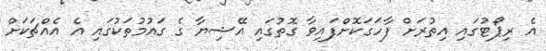
އެ ރިޕޯޓުގައި އިތުރަށް ފާހަގަކޮށްފައިވާ ގޮތުގައި އޭޝިޔާ ގެ ގައުމުތަކުގައި އެ އެއްޗަކަށް